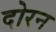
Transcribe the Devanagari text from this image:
दोरन